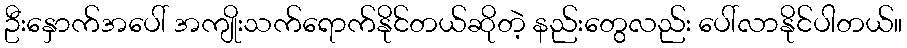
ဦးနှောက်အပေါ် အကျိုးသက်ရောက်နိုင်တယ်ဆိုတဲ့ နည်းတွေလည်း ပေါ်လာနိုင်ပါတယ်။